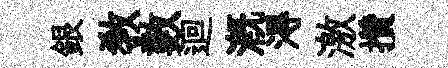
銀教數迴溉淂激攢